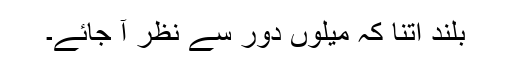
بلند اتنا کہ میلوں دور سے نظر آ جائے۔